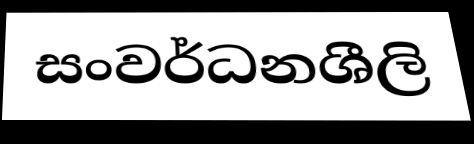
සංවර්ධනශීලි